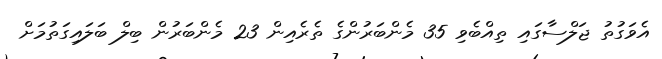
އެވަގުތު ޖަލްސާގައި ތިއްބެވި 35 މެންބަރުންގެ ތެރެއިން 23 މެންބަރުން ބިލް ބަލައިގަތުމަށް